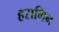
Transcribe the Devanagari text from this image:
हरागिन